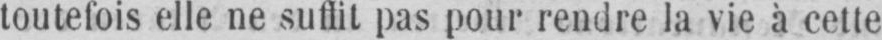
toutefois elle ne suffit pas pour rendre la vie à cette